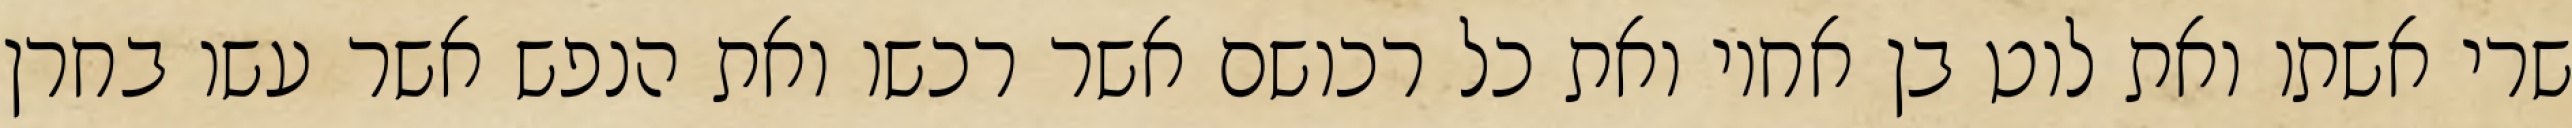
שרי אשתו ואת לוט בן אחיו ואת כל רכושם אשר רכשו ואת הנפש אשר עשו בחרן